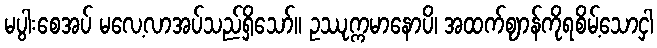
မပွါးစေအပ် မလေ့လာအပ်သည်ရှိသော်။ ဥဿုက္ကမာနောပိ၊ အထက်ဈာန်ကိုရစိမ့်သောငှါ